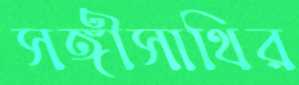
সঙ্গীসাথির